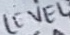
Text: LEVEL